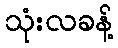
သုံးလခန့်